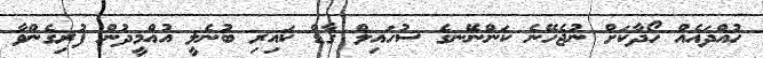
ހުއްދައެއް ހޯދާކަށް ނުޖެހޭނެ ކަންނޭނގެ ސުހައިލް ގާޑް ކައިރި ބުނެލީ އުއްމީދުން ފުރިގެންވާ